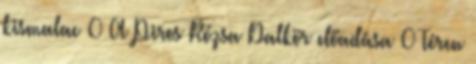
kismalac 0 A Piros Rózsa Dalkör előadása 0 Téren